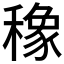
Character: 𮃯